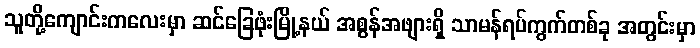
သူတို့ကျောင်းကလေးမှာ ဆင်ခြေဖုံးမြို့နယ် အစွန်အဖျားရှိ သာမန်ရပ်ကွက်တစ်ခု အတွင်းမှာ